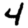
Digit: 4